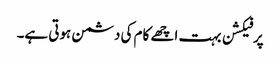
پرفیکشن بہت اچھے کام کی دشمن ہوتی ہے۔